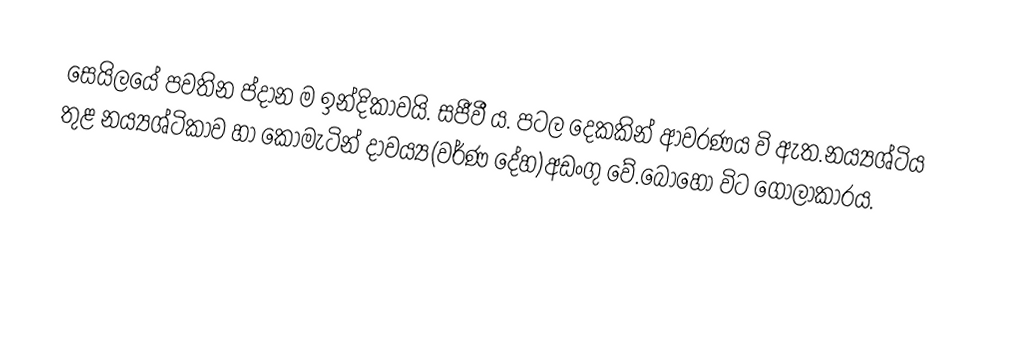
සෙයිලයේ පවතින ප්දාන ම ඉන්දිකාවයි. සජීවී ය. පටල දෙකකින් ආවරණය වි ඇත.නය්‍යශ්ටිය තුළ නය්‍යශ්ටිකාව හා කොමැටින් දාවය්‍ය(වර්ණ දේහ)අඩංගු වේ.බෝහො විට ගොලාකාරය.